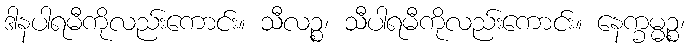
ဒါနပါရမီကိုလည်းကောင်း။ သီလဉ္စ၊ သီပါရမီကိုလည်းကောင်း။ နေက္ခမ္မဉ္စ၊